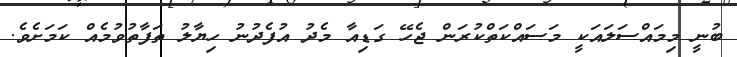
ބުނީ މިމައްސަލައަކީ މަސައްކަތްކުރަން ޖެހޭ ގަޑިއާ މެދު އުފެދުނު ހިޔާލު ތަފާތުވުމެއް ކަމަށެވެ.